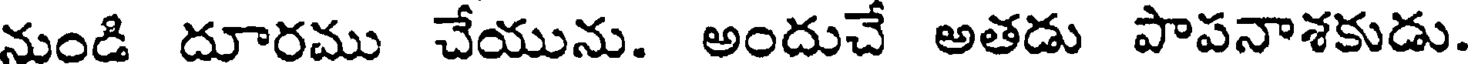
నుండి దూరము చేయును. అందుచే అతడు పాపనాశకుడు.